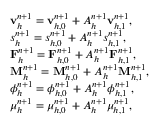
\begin{array} { r l } & { \mathbf { v } _ { h } ^ { n + 1 } = \mathbf { v } _ { h , 0 } ^ { n + 1 } + A _ { h } ^ { n + 1 } \mathbf { v } _ { h , 1 } ^ { n + 1 } , } \\ & { s _ { h } ^ { n + 1 } = s _ { h , 0 } ^ { n + 1 } + A _ { h } ^ { n + 1 } s _ { h , 1 } ^ { n + 1 } , } \\ & { \mathbf { F } _ { h } ^ { n + 1 } = \mathbf { F } _ { h , 0 } ^ { n + 1 } + A _ { h } ^ { n + 1 } \mathbf { F } _ { h , 1 } ^ { n + 1 } , } \\ & { \mathbf { M } _ { h } ^ { n + 1 } = \mathbf { M } _ { h , 0 } ^ { n + 1 } + A _ { h } ^ { n + 1 } \mathbf { M } _ { h , 1 } ^ { n + 1 } , } \\ & { \phi _ { h } ^ { n + 1 } = \phi _ { h , 0 } ^ { n + 1 } + A _ { h } ^ { n + 1 } \phi _ { h , 1 } ^ { n + 1 } , } \\ & { \mu _ { h } ^ { n + 1 } = \mu _ { h , 0 } ^ { n + 1 } + A _ { h } ^ { n + 1 } \mu _ { h , 1 } ^ { n + 1 } , } \end{array}